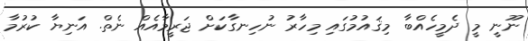
ނޫނީ މީ ދެމީހެއްބާ މިޤައުމުގައި މިހާރު ނުހިނގާކަށް ޖަރީމާއެއް ނެތް. އަނިޔާ ކުރުމާ